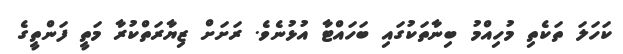
ކަހަލަ ތަކެތި މުހިއްމު ބިނާތަކުގައި ބަހައްޓާ އުޅުނެވެ. ރަށަށް ޒިޔާރަތްކުރާ މަތީ ފަންތީގެ